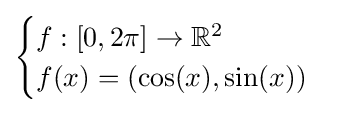
{\begin{cases}f:[0,2\pi ]\to \mathbb {R} ^{2}\\f(x)=(\cos(x),\sin(x))\end{cases}}